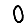
Digit: 0